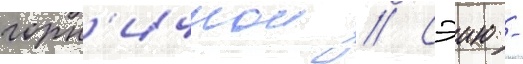
горн'ичнои // Сэию -